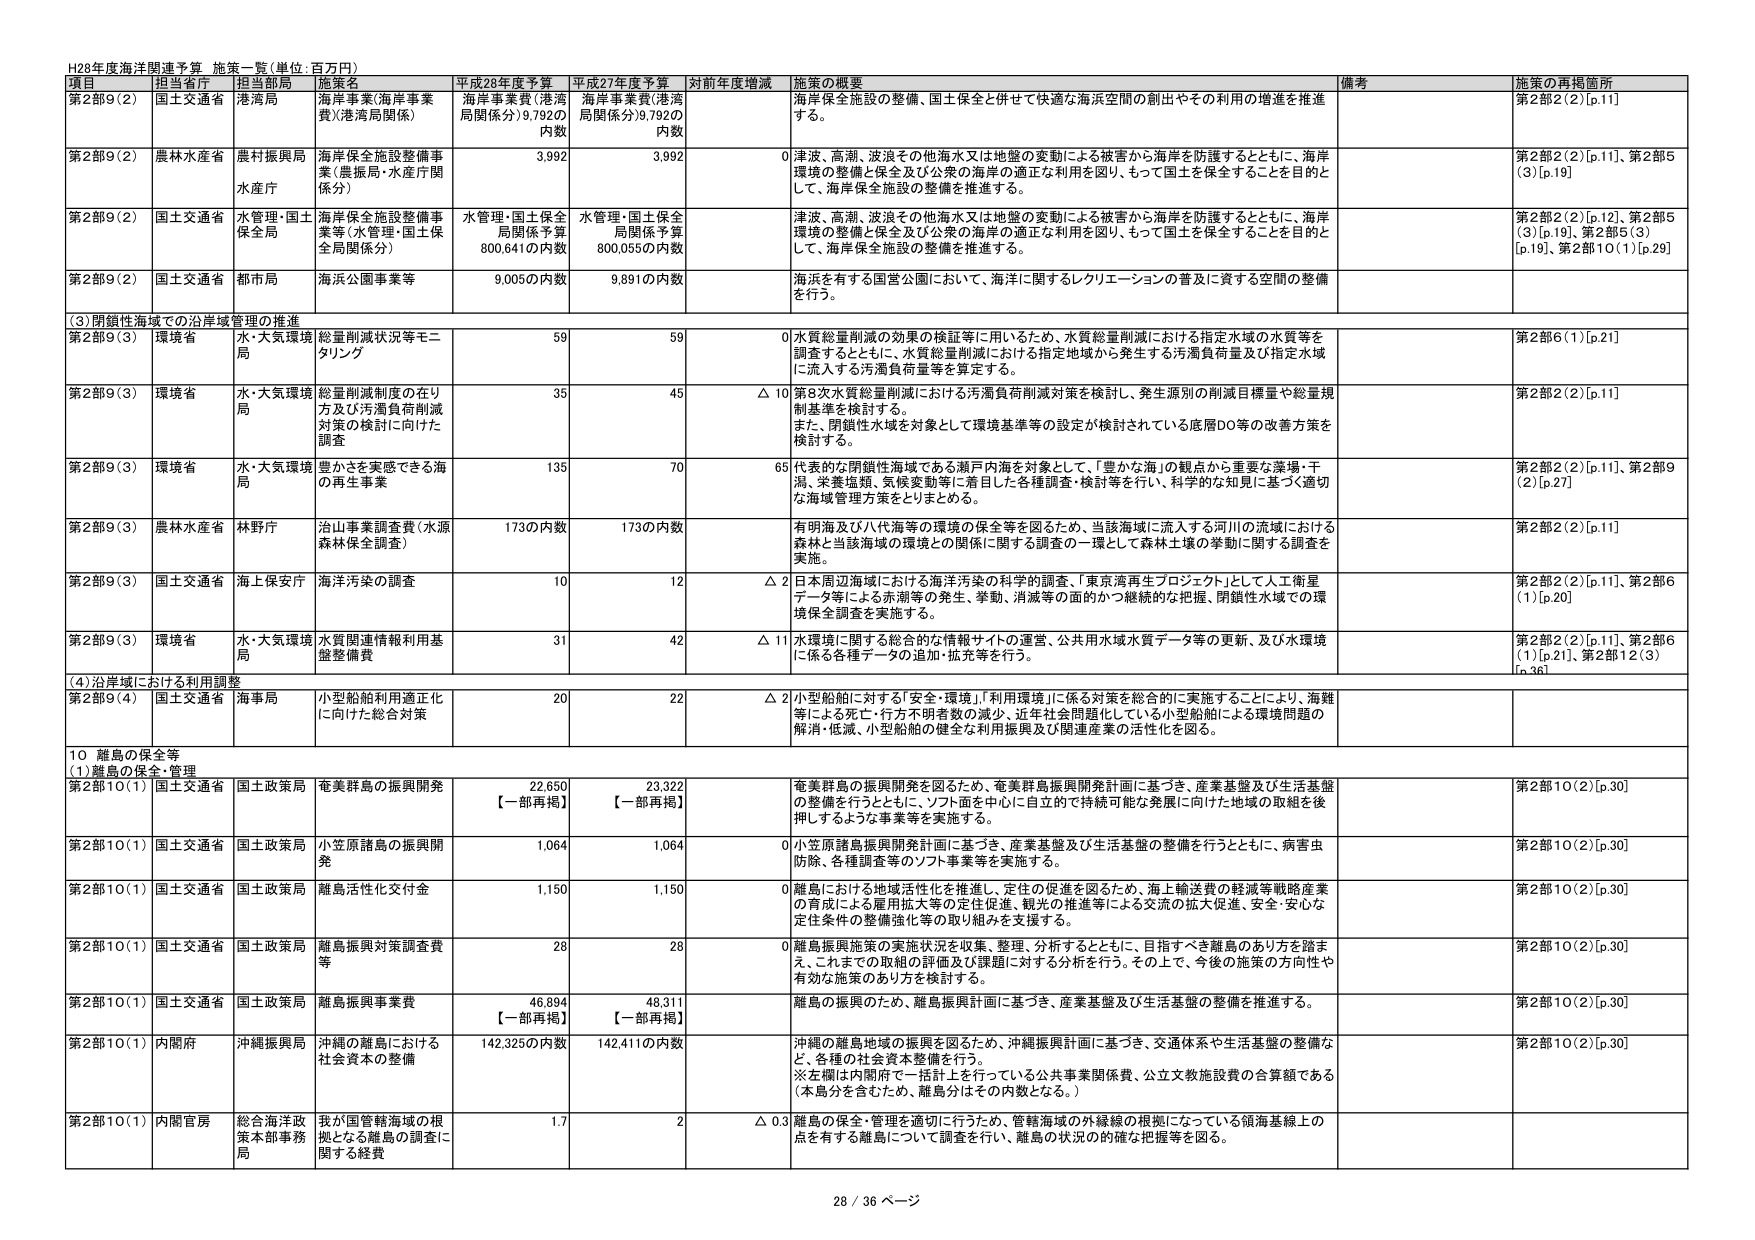
H28年度海洋関連予算 施策一覧(単位:百万円)

項目 担当省庁 担当部局 施策名 平成28年度予算 平成27年度予算 対前年度増減 施策の概要 備考 施策の再掲箇所

第2部9(2) 国土交通省 港湾局 海岸事業(海岸事業費)(港湾局関係) 海岸事業費(港湾局関係分)9,792の内数 海岸事業費(港湾局関係分)9,792の内数 海岸保全施設の整備、国土保全と併せて快適な海浜空間の創出やその利用の増進を推進する。 第2部2(2)[p.11]

第2部9(2) 農林水産省 農村振興局 海岸保全施設整備事業(農振局・水産庁関係分) 3,992 3,992 0 津波、高潮、波浪その他海水又は地盤の変動による被害から海岸を防護するとともに、海岸環境の整備と保全及び公衆の海岸の適正な利用を図り、もって国土を保全することを目的として、海岸保全施設の整備を推進する。 第2部2(2)[p.11]、第2部5(3)[p.19]

第2部9(2) 国土交通省 水管理・国土保全局 海岸保全施設整備事業等(水管理・国土保全局関係分) 水管理・国土保全局関係予算800,641の内数 水管理・国土保全局関係予算800,055の内数 津波、高潮、波浪その他海水又は地盤の変動による被害から海岸を防護するとともに、海岸環境の整備と保全及び公衆の海岸の適正な利用を図り、もって国土を保全することを目的として、海岸保全施設の整備を推進する。 第2部2(2)[p.12]、第2部5(3)[p.19]、第2部5(3)[p.19]、第2部10(1)[p.29]

第2部9(2) 国土交通省 都市局 海浜公園事業等 9,005の内数 9,891の内数 海浜を有する国営公園において、海洋に関するレクリエーションの普及に資する空間の整備を行う。

(3)閉鎖性海域での沿岸域管理の推進

第2部9(3) 環境省 水・大気環境局 総量削減状況等モニタリング 59 59 0 水質総量削減の効果の検証等に用いるため、水質総量削減における指定水域の水質等を調査するとともに、水質総量削減における指定地域から発生する汚濁負荷量及び指定水域に流入する汚濁負荷量等を算定する。 第2部6(1)[p.21]

第2部9(3) 環境省 水・大気環境局 総量削減制度の在り方及び汚濁負荷削減対策の検討に向けた調査 35 45 △10 第8次水質総量削減における汚濁負荷削減対策を検討し、発生源別の削減目標量や総量規制基準を検討する。 また、閉鎖性水域を対象として環境基準等の設定が検討されている底層DO等の改善方策を検討する。 第2部2(2)[p.11]

第2部9(3) 環境省 水・大気環境局 豊かさを実感できる海の再生事業 135 70 65 代表的な閉鎖性海域である瀬戸内海を対象として、「豊かな海」の観点から重要な藻場・干潟、栄養塩類、気候変動等に着目した各種調査・検討等を行い、科学的な知見に基づく適切な海域管理方策をとりまとめる。 第2部2(2)[p.11]、第2部9(2)[p.27]

第2部9(3) 農林水産省 林野庁 治山事業調査費(水源森林保全調査) 173の内数 173の内数 有明海及び八代海等の環境の保全等を図るため、当該海域に流入する河川の流域における森林と当該海域の環境との関係に関する調査の一環として森林土壌の挙動に関する調査を実施。 第2部2(2)[p.11]

第2部9(3) 国土交通省 海上保安庁 海洋汚染の調査 10 12 △2 日本周辺海域における海洋汚染の科学的調査、「東京湾再生プロジェクト」として人工衛星データ等による赤潮等の発生、挙動、消滅等の面的かつ継続的な把握、閉鎖性水域での環境保全調査を実施する。 第2部2(2)[p.11]、第2部6(1)[p.20]

第2部9(3) 環境省 水・大気環境局 水質関連情報利用基盤整備費 31 42 △11 水環境に関する総合的な情報サイトの運営、公共用水域水質データ等の更新、及び水環境に係る各種データの追加・拡充等を行う。 第2部2(2)[p.11]、第2部6(1)[p.21]、第2部12(3)[p.36]

(4)沿岸域における利用調整

第2部9(4) 国土交通省 海事局 小型船舶利用適正化に向けた総合対策 20 22 △2 小型船舶に対する「安全・環境」「利用環境」に係る対策を総合的に実施することにより、海難等による死亡・行方不明者数の減少、近年社会問題化している小型船舶による環境問題の解消・低減、小型船舶の健全な利用振興及び関連産業の活性化を図る。

10 離島の保全等

(1)離島の保全・管理

第2部10(1) 国土交通省 国土政策局 奄美群島の振興開発 22,650 【一部再掲】 23,322 【一部再掲】 0 奄美群島の振興開発を図るため、奄美群島振興開発計画に基づき、産業基盤及び生活基盤の整備を行うとともに、ソフト面を中心に自立的で持続可能な発展に向けた地域の取組を後押しするような事業等を実施する。 第2部10(2)[p.30]

第2部10(1) 国土交通省 国土政策局 小笠原諸島の振興開発 1,064 1,064 0 小笠原諸島振興開発計画に基づき、産業基盤及び生活基盤の整備を行うとともに、病害虫防除、各種調査等のソフト事業等を実施する。 第2部10(2)[p.30]

第2部10(1) 国土交通省 国土政策局 離島活性化交付金 1,150 1,150 0 離島における地域活性化を推進し、定住の促進を図るため、海上輸送費の軽減等戦略産業の育成による雇用拡大等の定住促進、観光の推進等による交流の拡大促進、安全・安心な定住条件の整備強化等の取り組みを支援する。 第2部10(2)[p.30]

第2部10(1) 国土交通省 国土政策局 離島振興対策調査費等 28 28 0 離島振興施策の実施状況を収集、整理、分析するとともに、目指すべき離島のあり方を踏まえ、これまでの取組の評価及び課題に対する分析を行う。その上で、今後の施策の方向性や有効な施策のあり方を検討する。 第2部10(2)[p.30]

第2部10(1) 国土交通省 国土政策局 離島振興事業費 46,894 【一部再掲】 48,311 【一部再掲】 離島の振興のため、離島振興計画に基づき、産業基盤及び生活基盤の整備を推進する。 第2部10(2)[p.30]

第2部10(1) 内閣府 沖縄振興局 沖縄の離島における社会資本の整備 142,325の内数 142,411の内数 沖縄の離島地域の振興を図るため、沖縄振興計画に基づき、交通体系や生活基盤の整備など、各種の社会資本整備を行う。 ※左欄は内閣府で一括計上を行っている公共事業関係費、公立文教施設費の合算額である（本島分を含むため、離島分はその内数となる。） 第2部10(2)[p.30]

第2部10(1) 内閣官房 総合海洋政策本部事務局 我が国管轄海域の根拠となる離島の調査に関する経費 1.7 2 △0.3 離島の保全・管理を適切に行うため、管轄海域の外縁線の根拠になっている領海基線上の点を有する離島について調査を行い、離島の状況の的確な把握等を図る。

28 / 36 ページ